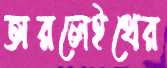
অরলেইথের